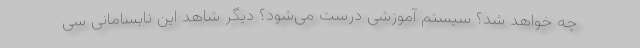
چه خواهد شد؟ سیستم آموزشی درست می‌شود؟ دیگر شاهد این نابسامانی سی